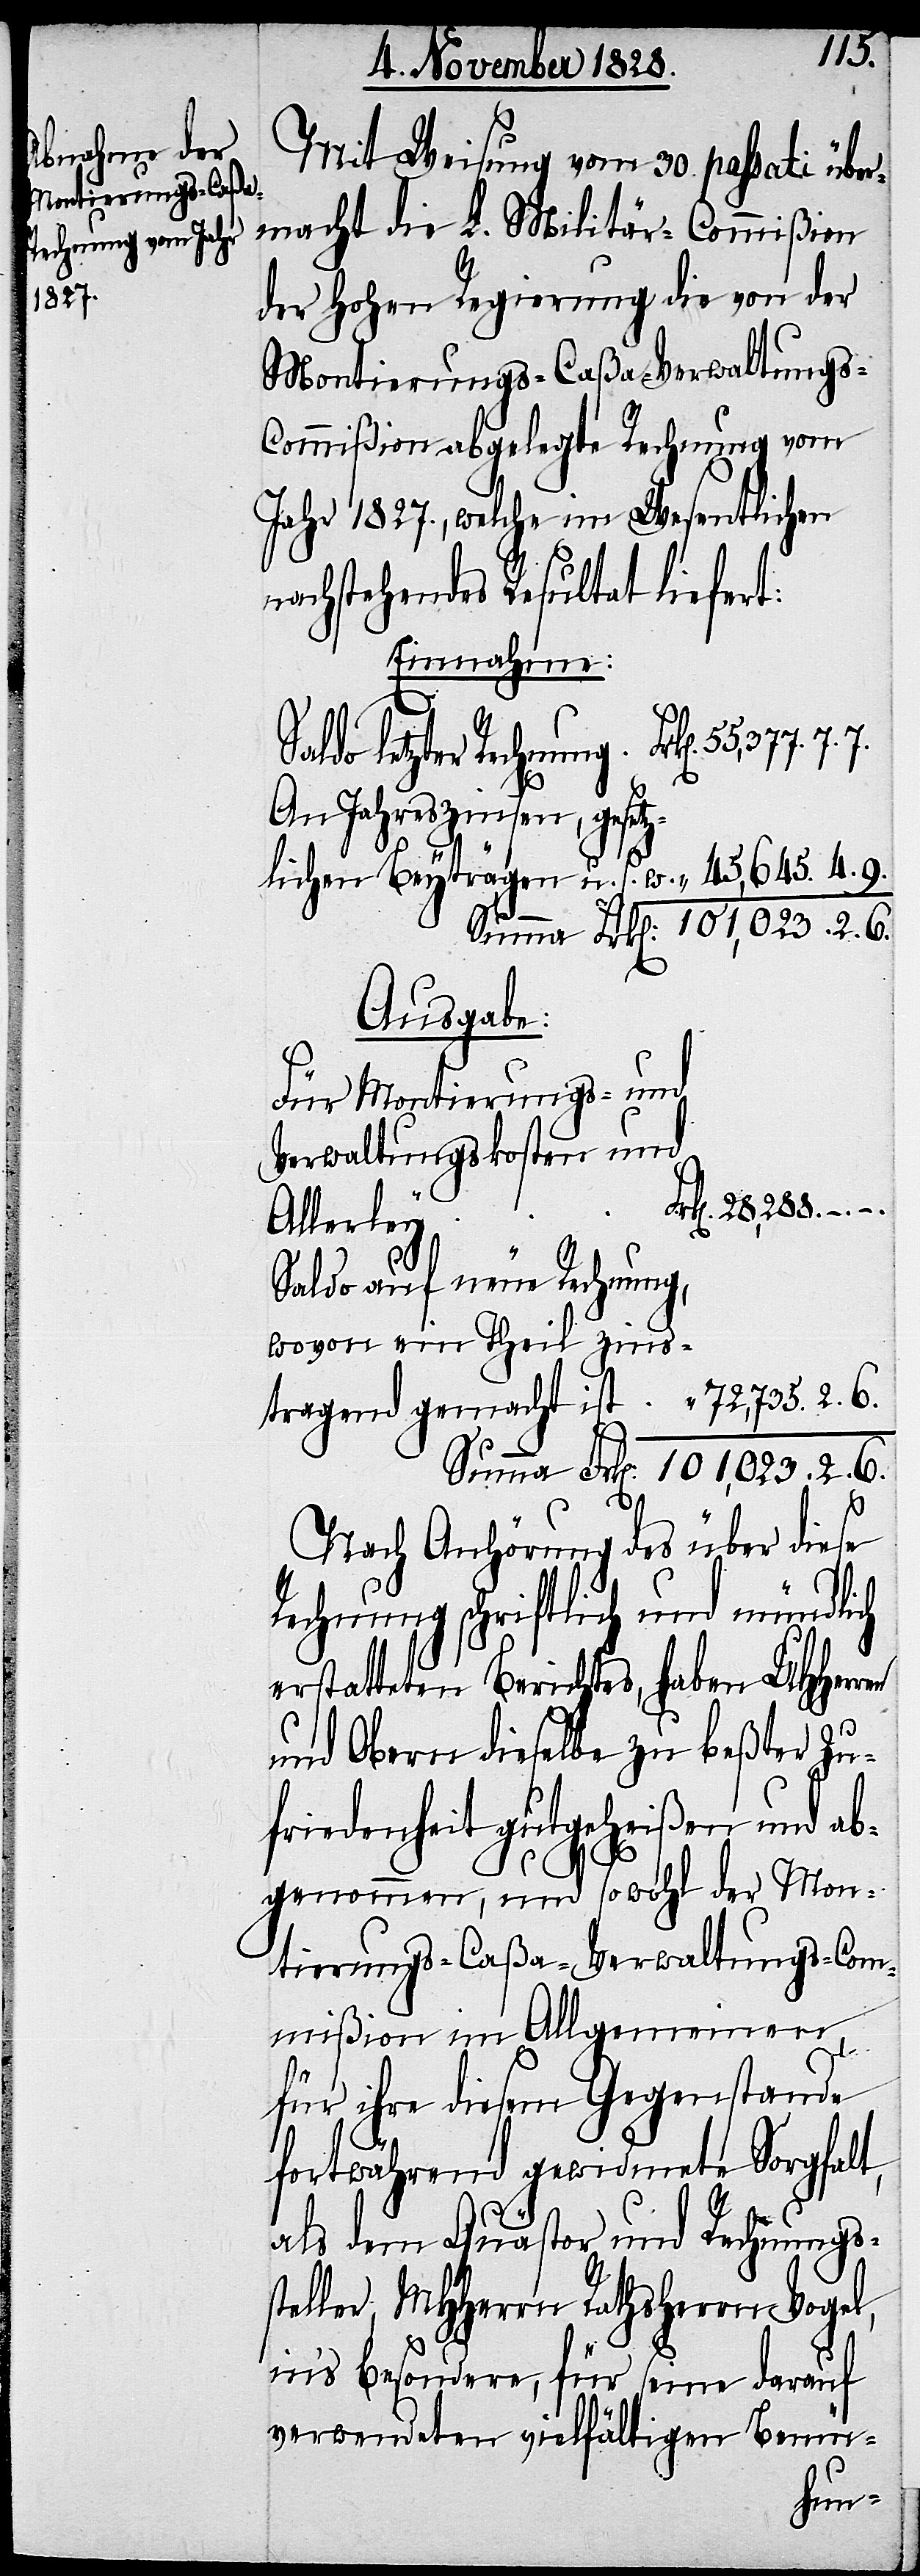
Mit Weisung vom 30. passati über¬
macht die L. Militär-Commißion
der Hohen Regierung die von der
Montierungs-Caßa-Verwaltung¬
s-Commißion abgelegte Rechnung vom
Jahr 1827., welche im Wesentlichen
nachstehendes Resultat liefert:
Einnahme:
Saldo letzter Rechnung.
An Jahrszinsen, gesetz¬
lichen Beyträgen u. s. w.
Ausgabe:
Für Montierungs- und
Verwaltungskosten und
Allerley.
s¬
6.
Saldo auf neue Rechnung,
wovon ein Theil zins¬
Nach Anhörung des über diese
Rechnung schriftlich und mündlich
erstatteten Berichtes, haben UHHerren
und Obern dieselbe zu beßter Zu¬
friedenheit gutgeheißen und ab¬
genommen, und sowohl der Mon¬
tierungs-Caßa-Verwaltungs-Com¬
mißion im Allgemeinen,
für ihre diesem Gegenstande
fortwährend gewidmete Sorgfalt,
als dem Quästor und Rechnungs¬
teller, MHHerren Rathsherrn Vogel,
in‘s Besondere, für seine darauf
verwendeten vielfältigen Bemü-
agend